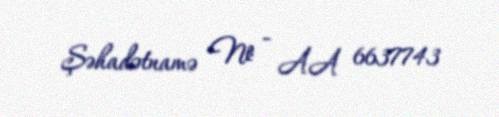
Şəhadətnamə № - AA 6637743